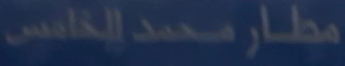
مطار_محمد_الخامس